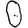
Digit: 0